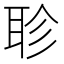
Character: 聄